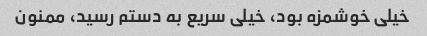
خیلی خوشمزه بود، خیلی سریع به دستم رسید، ممنون